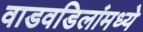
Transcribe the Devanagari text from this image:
वाडवडिलांमध्ये